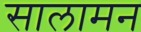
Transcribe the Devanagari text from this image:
सालामन